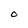
Character: O